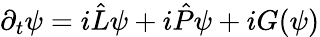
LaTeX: \begin{array}{r}{\partial_{t}\psi=i\hat{L}\psi+i\hat{P}\psi+iG(\psi)}\end{array}